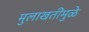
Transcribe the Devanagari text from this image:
मुलाखतींमुळे